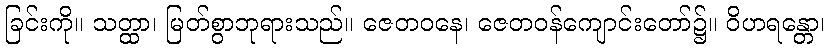
ခြင်းကို။ သတ္ထာ၊ မြတ်စွာဘုရားသည်။ ဇေတဝနေ၊ ဇေတဝန်ကျောင်းတော်၌။ ဝိဟရန္တော၊